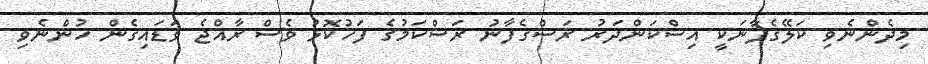
މިދެންނެވި ކަލޭގެފާނަކީ އިސްކަންދަރު ރަސްގެފާނު ރަސްކަމުގެ ފަހުކޮޅު ވެސް ރާއްޖެ ވަޑައިގެން ހުންނެވި